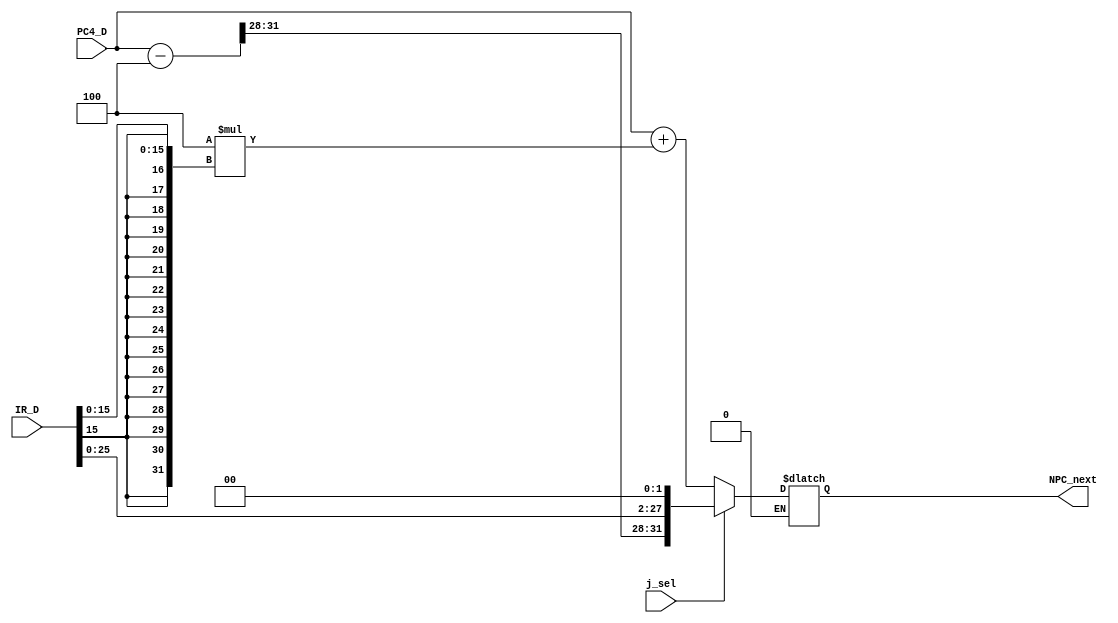
`timescale 1ns / 1ps
//////////////////////////////////////////////////////////////////////////////////
// Company: 
// Engineer: 
// 
// Design Name: 
// Module Name:    NPC 
// Project Name: 
// Target Devices: 
// Tool versions: 
// Description: 
//
// Dependencies: 
//
// Revision: 
// Revision 0.01 - File Created
// Additional Comments: 
//
//////////////////////////////////////////////////////////////////////////////////
module NPC(
    input [31:0] PC4_D,
	 input [31:0] IR_D,
    input j_sel,//
    output reg[31:0] NPC_next
    );
	 wire [31:0] PC_D;
	 wire [25:0] IR_i26_D;
	 wire [15:0] IR_i16_D;
	 wire [31:0] ext_i16;
	 wire [31:0] ext_i26;
	 assign PC_D = PC4_D - 4;
	 assign IR_i26_D = IR_D[25:0];
	 assign IR_i16_D = IR_D[15:0];
	 assign ext_i16[15:0] = IR_i16_D;
	 assign ext_i16[31:16] = {16{IR_i16_D[15]}};
	 assign ext_i26[1:0] = 0;
	 assign ext_i26[27:2] = IR_i26_D;
	 assign ext_i26[31:28] = PC_D[31:28];
	 
	 always @* begin
	   if(j_sel==0) begin
		NPC_next <= PC4_D + 4*ext_i16;
		end
		else if(j_sel==1) begin
		NPC_next <= ext_i26;
		end
	 end
	  
		  


endmodule